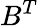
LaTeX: B^{T}